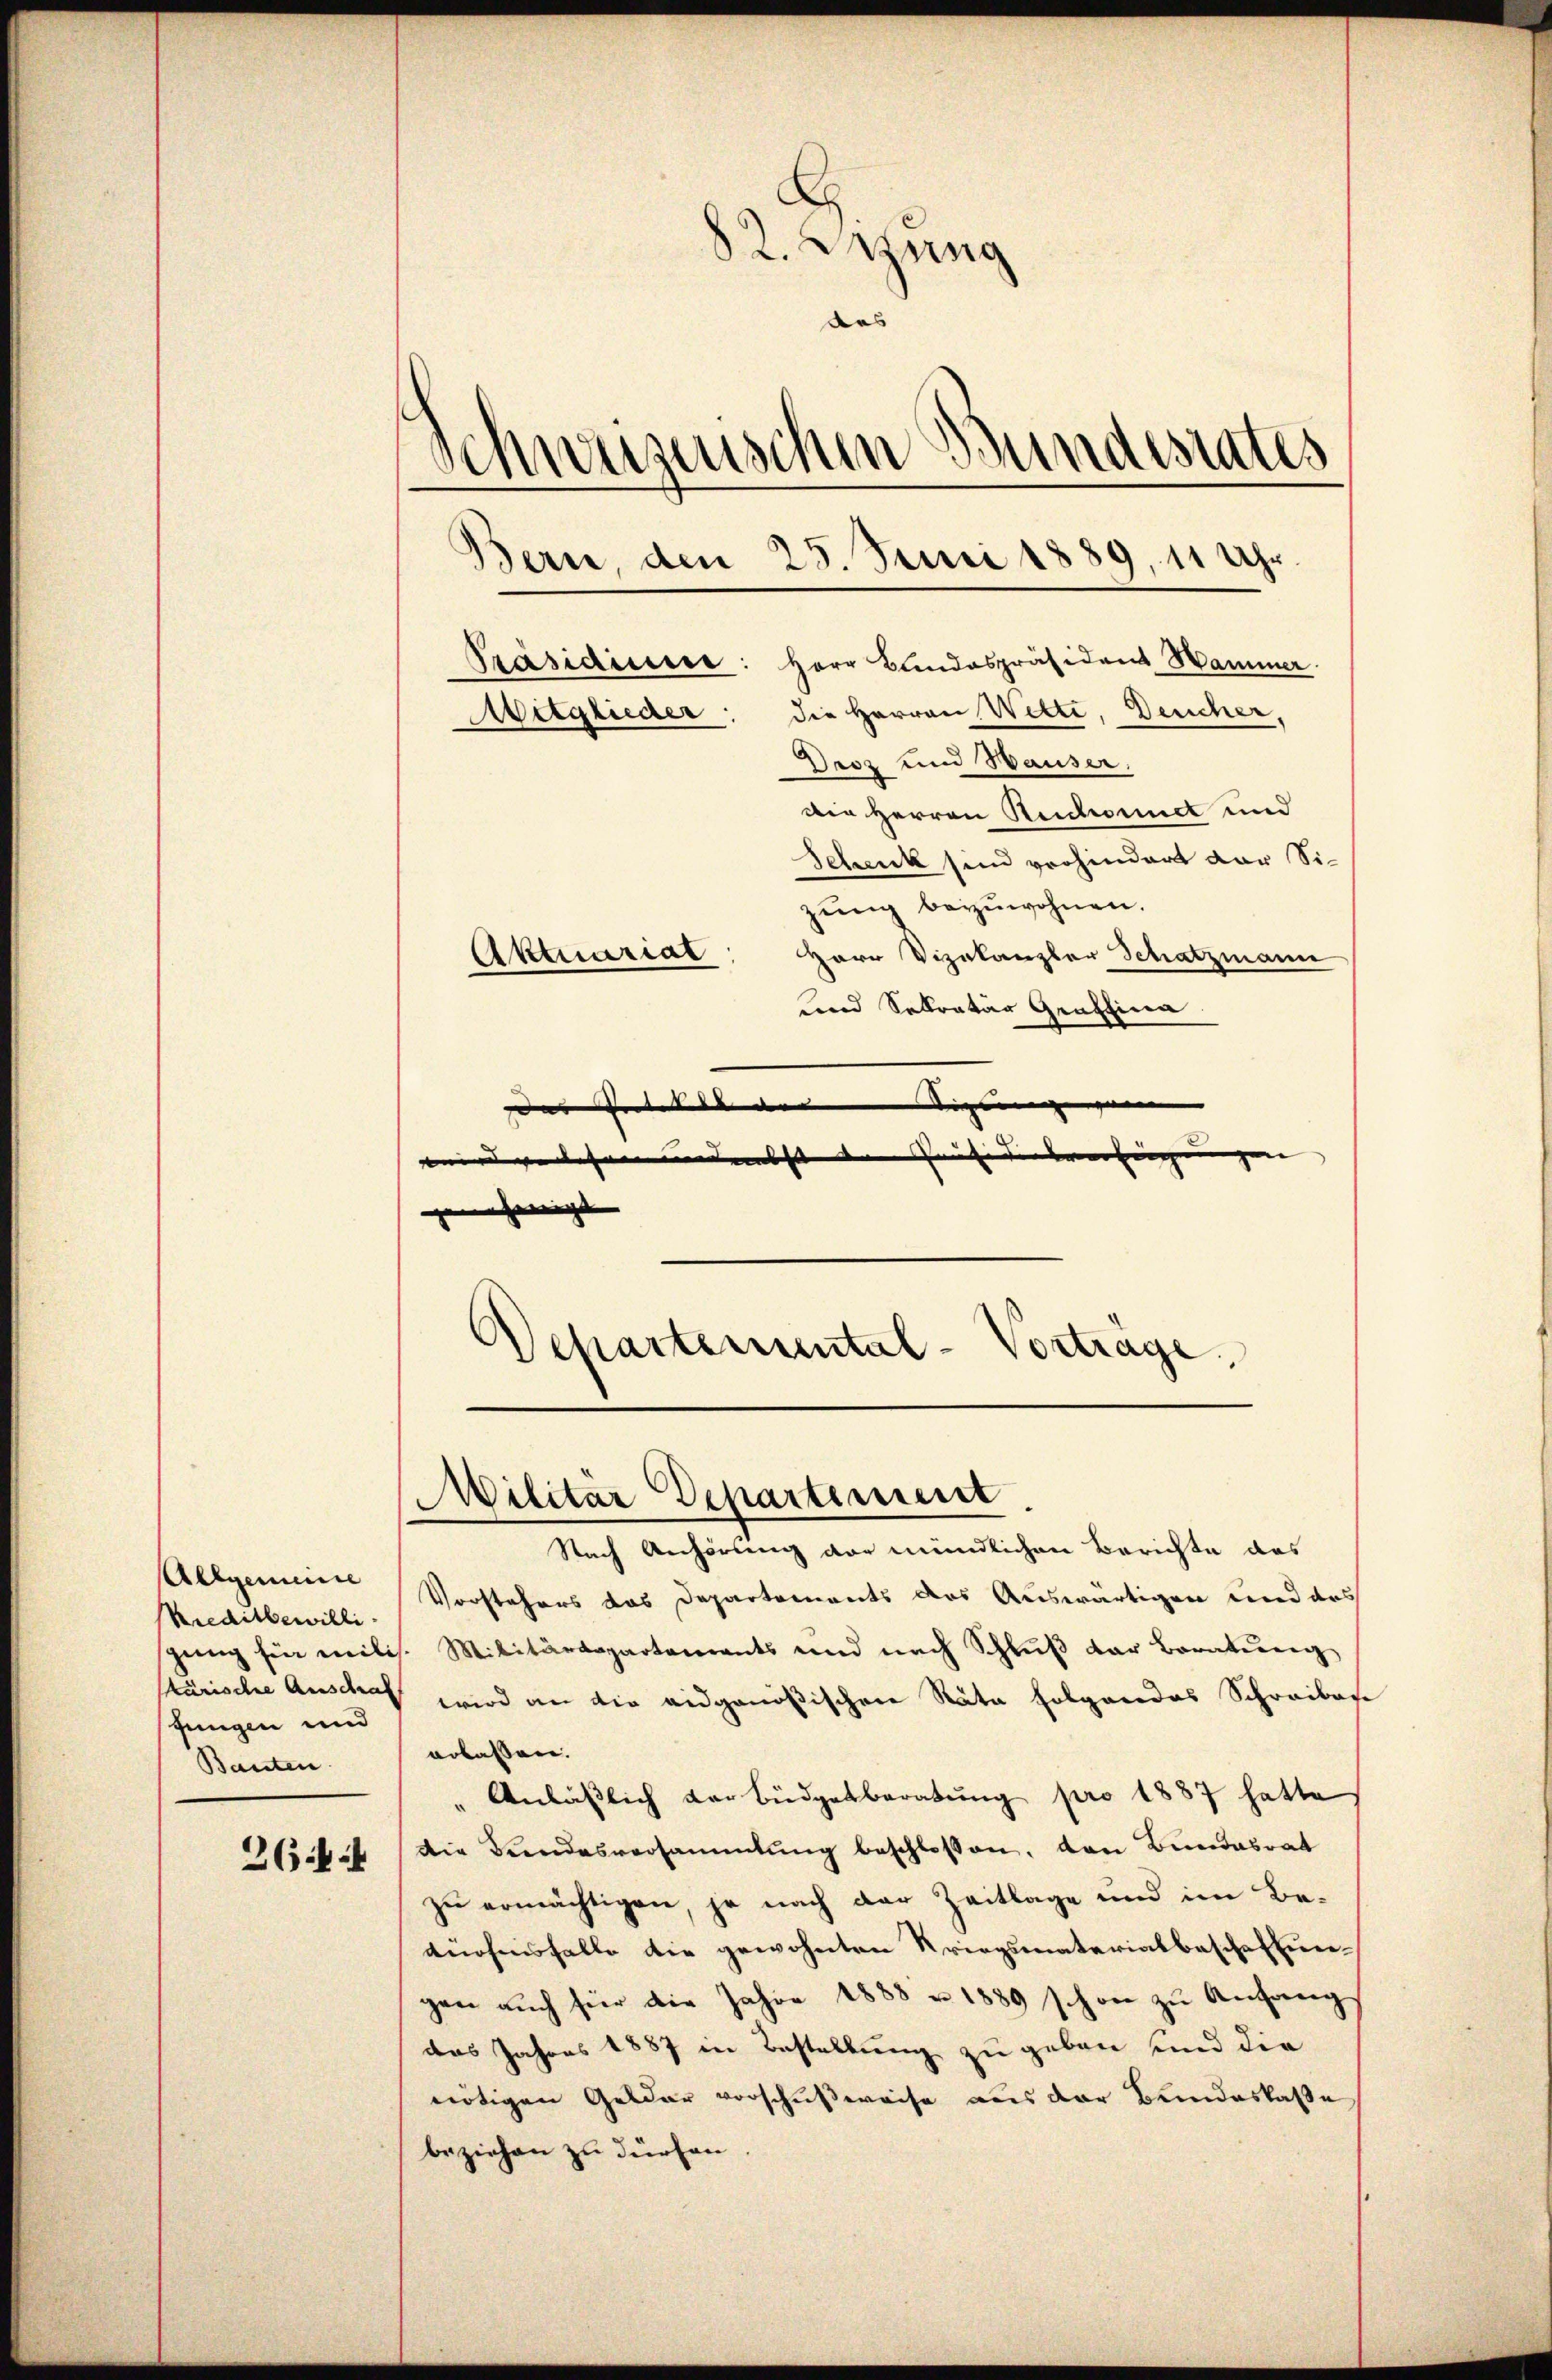
Allgemeine
Kreditbewilligungen und
Bauten.
264

82. Setzung
Schweizerischen Bundesrates
Bern, den 25. Juni 1889, 11 Uhr
Präsidiuise: Herr Bandespräsident Hammer.
Wetglieder: die Herren Wette, Deucher,
Dasz und Hauser.

Die Herren Reschonnet und
Schuck sind verhindert der Sizŭng beizuwohnen.
Herr Vizekanzler Schatzmann
Aktuarial
und Sokratur Graffina
das Protokoll der Eigen |
wird gelesen und nebsteten Präsidensverfügungen
genehmigt |
Departemental-Vorträge.

Militär Departement

Nach Anhörung der mündlichen Berichte des
Vorstehers das Departements das Auswärtigen und des
gŭng für milis. Militärdepartements und nach Schlŭβ der Beratŭng
Kärische Auschret wird an die eidgenößischen Rata folgendes Schreiben
erlassen.
"Anläßlich der Büdgetberatung pro 1887 hatte
die Beendesversammlung beschlossen, den Bundesrat
zu ermächtigen, je nach der Zeitlage und im Bedürfnisfalle die gewohnten Kriegsmaterialbesche Eiergen auch für die Jahre 1888 u. 1889 schon zu Anfang
das Jahres 1887 in Bestellung zu geben und die
nötigen Gelder vorschußweise aus der Bundeskasse
beziehen zu dürfen.

das